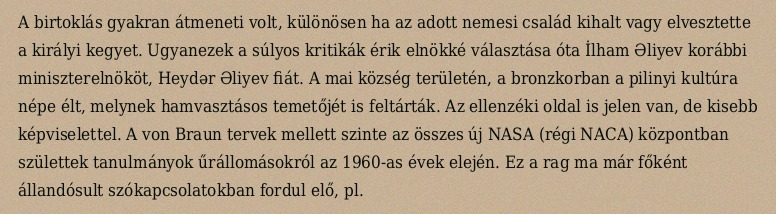
A birtoklás gyakran átmeneti volt, különösen ha az adott nemesi család kihalt vagy elvesztette a királyi kegyet. Ugyanezek a súlyos kritikák érik elnökké választása óta İlham Əliyev korábbi miniszterelnököt, Heydər Əliyev fiát. A mai község területén, a bronzkorban a pilinyi kultúra népe élt, melynek hamvasztásos temetőjét is feltárták. Az ellenzéki oldal is jelen van, de kisebb képviselettel. A von Braun tervek mellett szinte az összes új NASA (régi NACA) központban születtek tanulmányok űrállomásokról az 1960-as évek elején. Ez a rag ma már főként állandósult szókapcsolatokban fordul elő, pl.